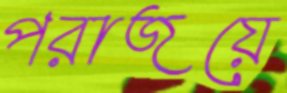
পরাজয়ে